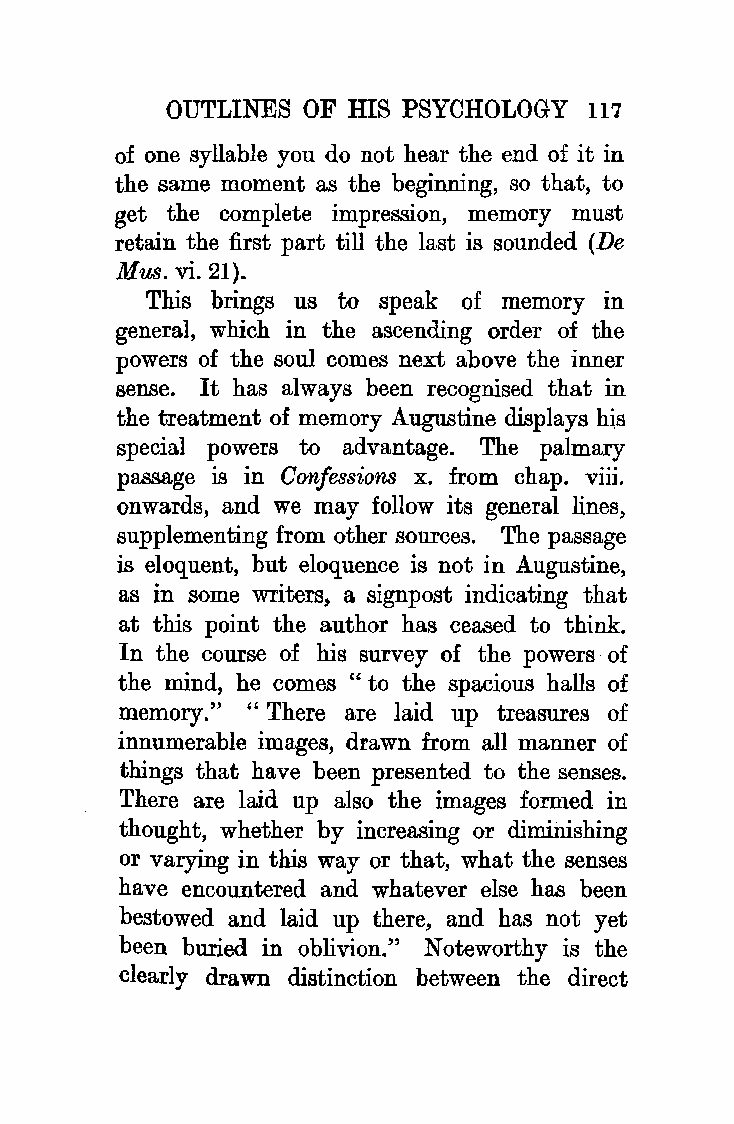
OUTLINES OF HIS PSYCHOLOGY  117
 of one syllable you do not hear the end of it in
 the same moment as the beginning, so that, to
 get the complete impression, memory must
 retain the first part till the last is sounded (De
 Mus. vi. 21).
 This brings us to speak of memory in
 general, which in the ascending order of the
 powers of the soul comes next above the inner
 sense. It has always been recognised that in
 the treatment of memory Augustine displays his
 special powers to advantage. The palmary
 passage is in Confessions x. from chap. viii.
 onwards, and we may follow its general lines,
 supplementing from other sources. The passage
 is eloquent, but eloquence is not in Augustine,
 as in some writers, a signpost indicating that
 at this point the author has ceased to think.
 In the course of his survey of the powers of
 the mind, he comes " to the spacious halls of
 memory." "There are laid up treasures of
 innumerable images, drawn from all manner of
 things that have been presented to the senses.
 There are laid up also the images formed in
 thought, whether by increasing or diminishing
 or varying in this way or that, what the senses
 have encountered and whatever else has been
 bestowed and laid up there, and has not yet
 been buried in oblivion." Noteworthy is the
 clearly drawn distinction between the direct